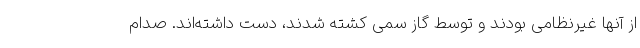
از آنها غیرنظامی بودند و توسط گاز سمی کشته شدند، دست داشته‌اند. صدام